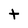
Character: t